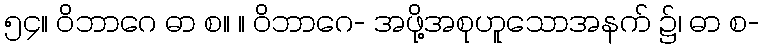
၅၄။ ဝိဘာဂေ ဓာ စ။ ။ ဝိဘာဂေ- အဖို့အစုဟူသောအနက် ၌၊ ဓာ စ-